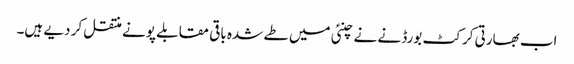
اب بھارتی کرکٹ بورڈ نے نے چنئی میں طے شدہ باقی مقابلے پونے منتقل کر دیے ہیں۔